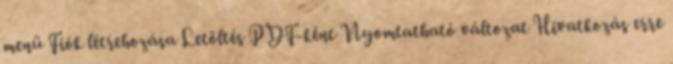
menü Fiók létrehozása Letöltés PDF-ként Nyomtatható változat Hivatkozás erre